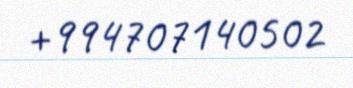
+994707140502